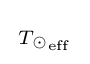
{\begin{smallmatrix}{{T}_{\odot }}_{\rm {eff}}\end{smallmatrix}}